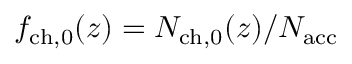
f _ { \mathrm { c h , 0 } } ( z ) = N _ { \mathrm { c h , 0 } } ( z ) / { N _ { \mathrm { a c c } } }